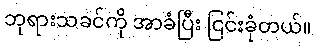
ဘုရားသခင်ကို အာခံပြီး ငြင်းခုံတယ်။